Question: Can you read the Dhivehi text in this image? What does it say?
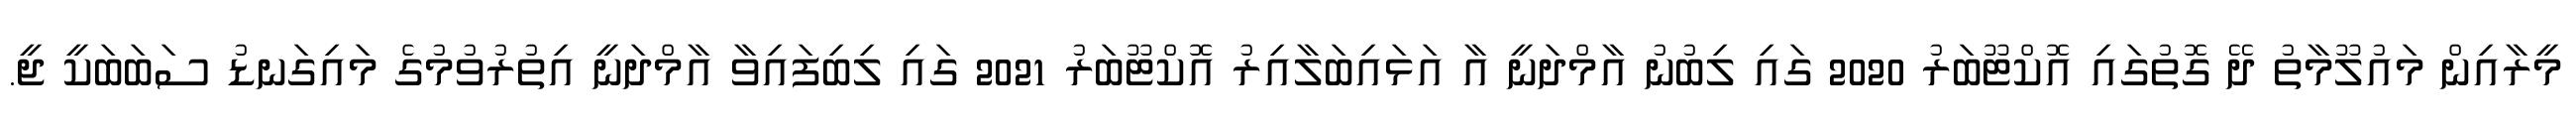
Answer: މީރާއިން މައުލޫމާތު ދޭ ގޮތުގައި އޮކްޓޫބަރު 2020 ގައި ލިބުނު އާމްދަނީ އާ އަޅައިބަލާއިރު އޮކްޓޫބަރު 2021 ގައި ލިބިފައިވާ އާމްދަނީ އިތުރުވުމުގެ މައިގަނޑު ސަބަބަކީ ޖީ.